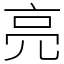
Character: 亮